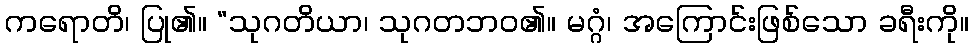
ကရောတိ၊ ပြု၏။ “သုဂတိယာ၊ သုဂတဘဝ၏။ မဂ္ဂံ၊ အကြောင်းဖြစ်သော ခရီးကို။